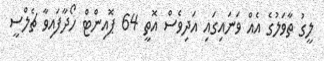
ލީގު ތާވަލުގެ އެއް ވަނައިގައި އަދިވެސް އޮތީ 64 ޕޮއިންޓް ހޯދާފައިވާ ޗެލްސީ